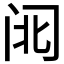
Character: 𮤱